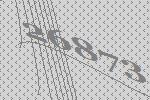
26873